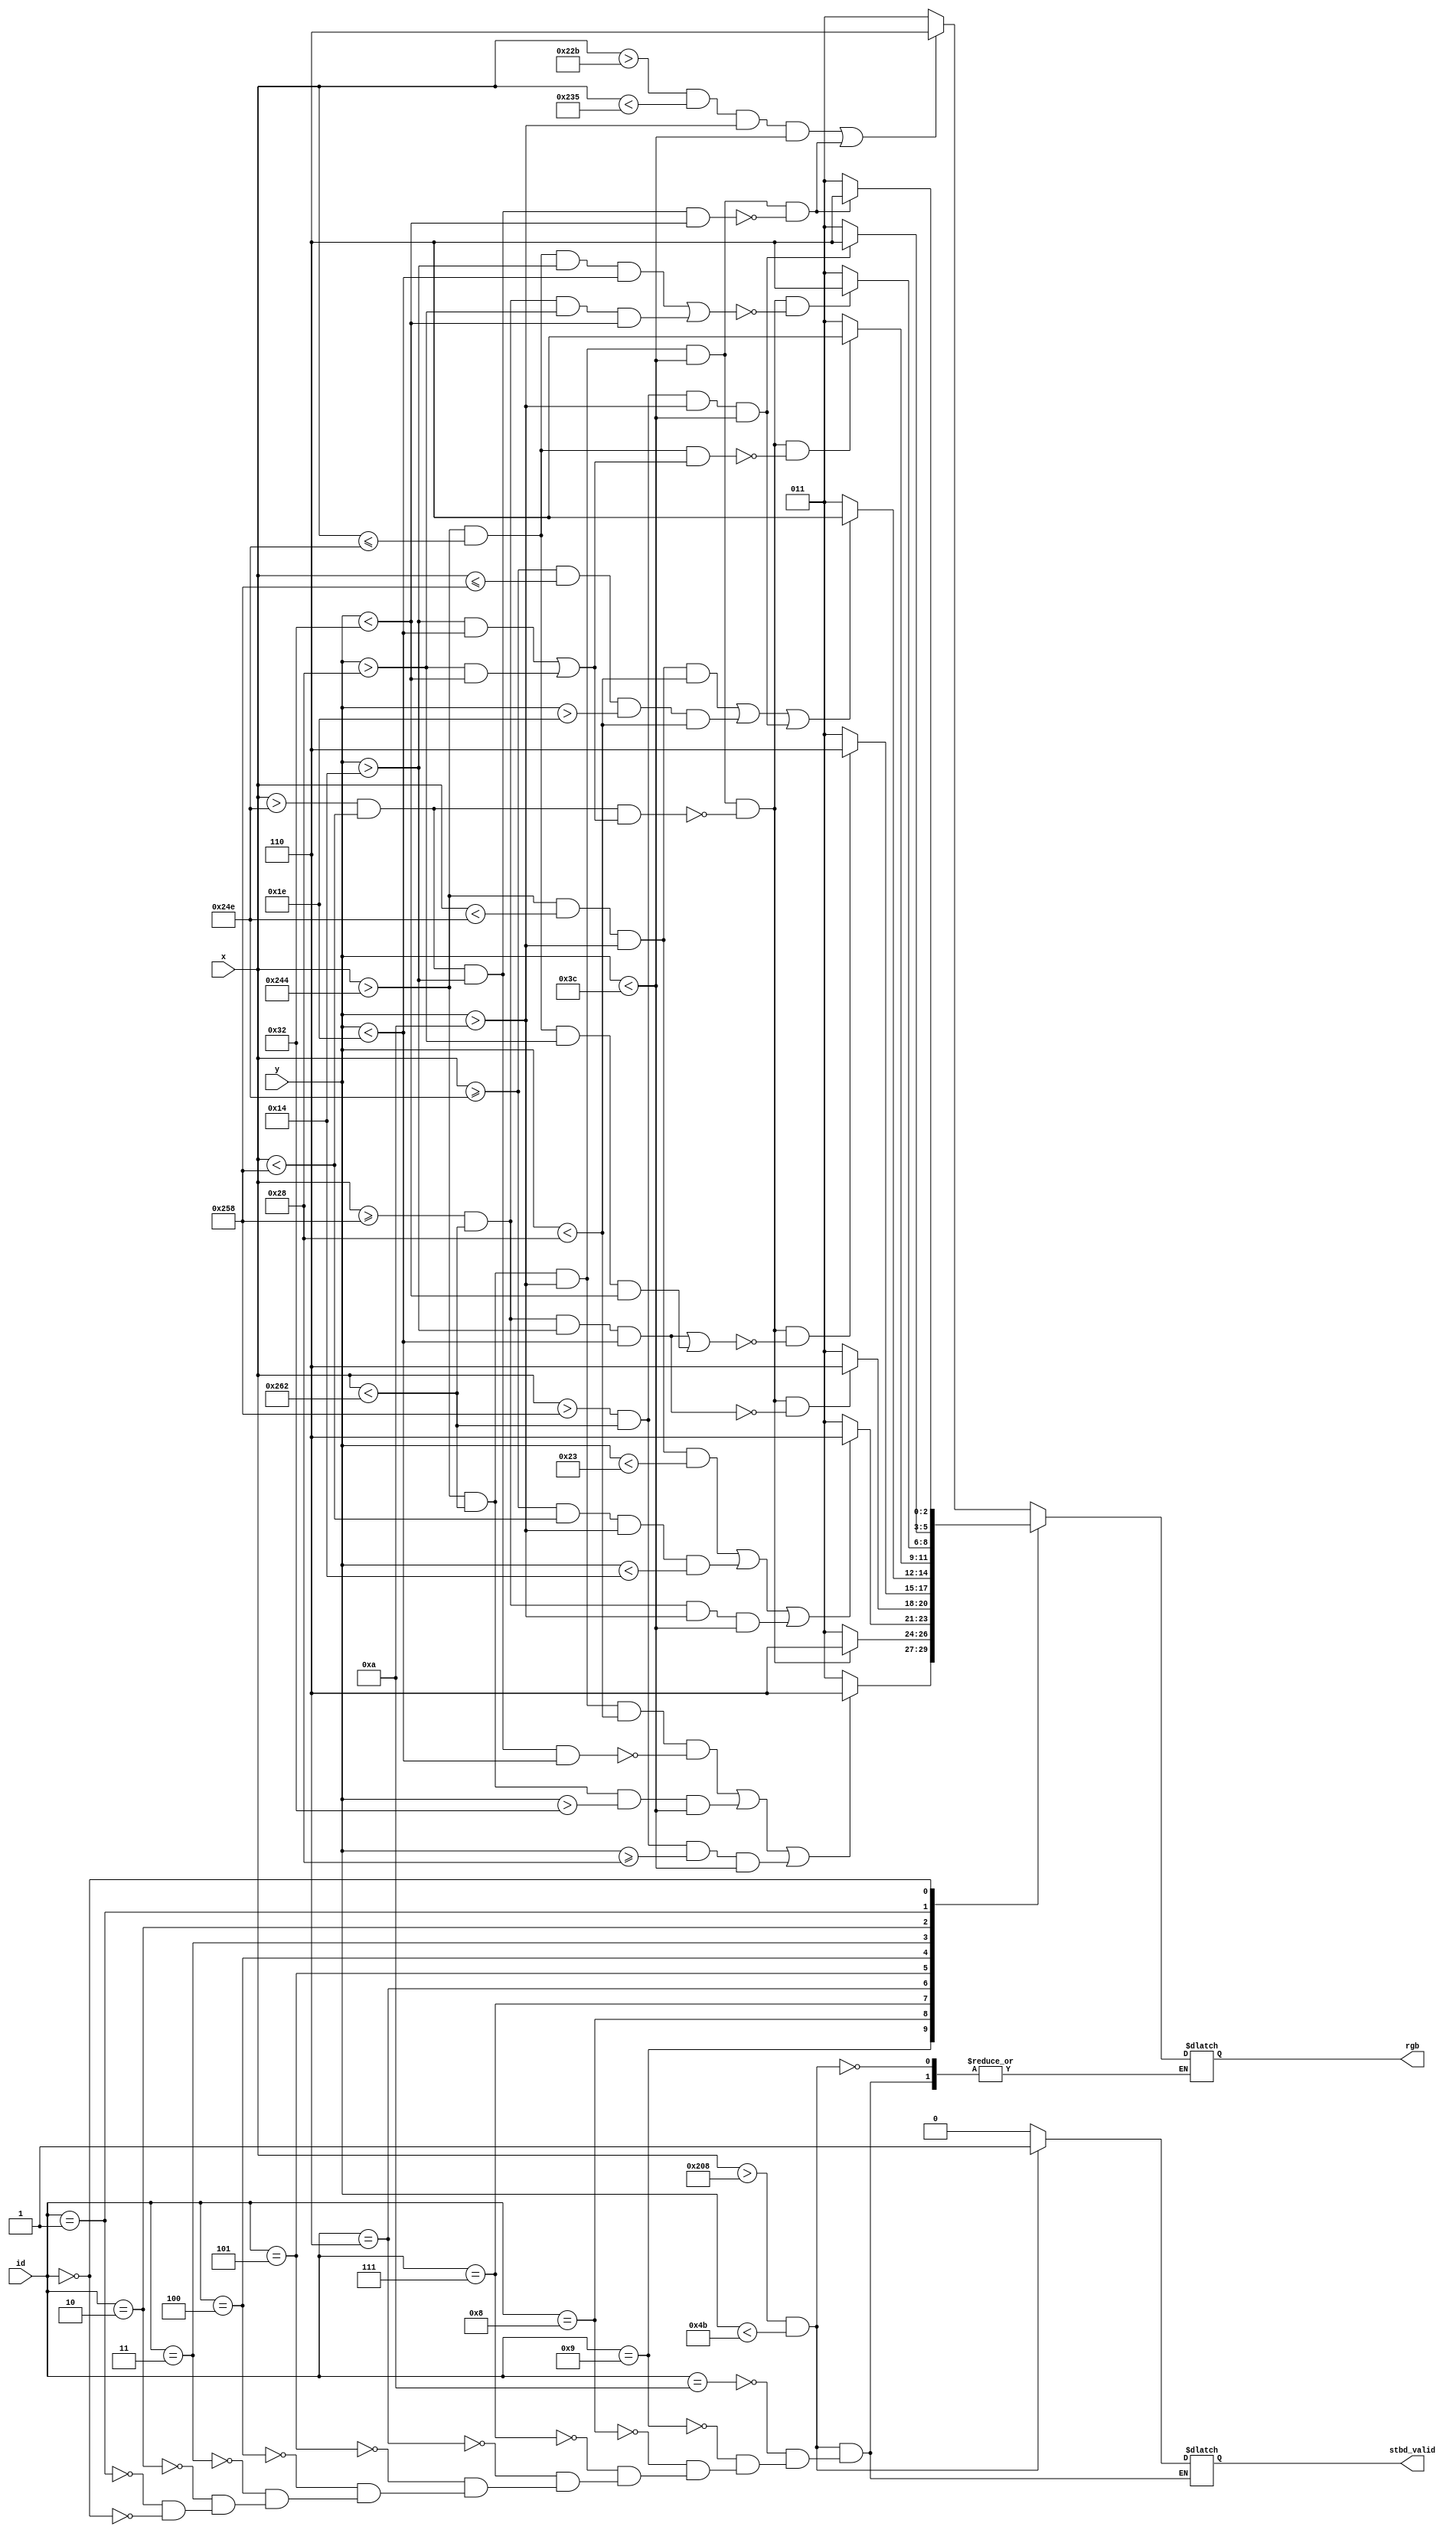
`timescale 1ns / 1ps
//////////////////////////////////////////////////////////////////////////////////
// Company: 
// Engineer: 
// 
// Design Name: 
// Module Name:    status_board 
// Project Name: 
// Target Devices: 
// Tool versions: 
// Description: 
//
// Dependencies: 
//
// Revision: 
// Revision 0.01 - File Created
// Additional Comments: 
//
//////////////////////////////////////////////////////////////////////////////////
module status_board(
	input [9:0]x,
	input [9:0]y,
	input [3:0]id,
	output reg [2:0]rgb,
	output reg stbd_valid
	 );
	always@(*)begin
		if(x > 520 && y < 75)begin
			case(id)
			10:
				if((x > 555 && x < 565 && y > 10 && y < 60 ) || ((x >580 && x < 610 && y> 10 && y <60) && !( x >590 && x < 600 && y > 20 && y<50)))begin
					rgb <= 3'b110;
					stbd_valid <= 1;
				end
				else begin
					rgb <= 3'b011;
					stbd_valid <= 1;
				end
			9:
				if( ((x > 580 && x <610 && y >10  && y <40) && !( x >590 &&  x <600 && y >20  && y < 30)) || (x >580 && x <610 && y >50 && y <60) || (x >600 && x<610 && y >=40 && y<60))begin
					rgb <= 3'b110;
					stbd_valid <= 1;
				end
				else begin
					rgb <= 3'b011;
					stbd_valid <= 1;
				end
			8:
				if( (x > 580 && x <610 && y >10 && y <60) && !(x >590 && x < 600 && ( (y> 20 && y <30) || (y> 40 && y <50))) )begin
					rgb <= 3'b110;
					stbd_valid <= 1;
				end
				else begin
					rgb <= 3'b011;
					stbd_valid <= 1;
				end
			7:
				if(  (x>580 && x <590 && y >10 && y<35) || (x >=590 && x <600 &&y>10 && y <20) || (x >=600 && x <610 && y >10 && y<60))begin
					rgb <= 3'b110;
					stbd_valid <= 1;
				end
				else begin
					rgb <= 3'b011;
					stbd_valid <= 1;
				end
			6:
				if( ((x > 580 && x <610 && y >10 && y <60) && !(x >590 && x < 600 && ( (y> 20 && y <30) || (y> 40 && y <50)))) && !(x >= 600 && x <610 && y>20 && y <30) )begin
					rgb <= 3'b110;
					stbd_valid <= 1;
				end
				else begin
					rgb <= 3'b011;
					stbd_valid <= 1;
				end
			5:
				if( ((x > 580 && x <610 && y >10 && y <60) && !(x >590 && x < 600 && ( (y> 20 && y <30) || (y> 40 && y <50)))) && !((x >= 600 && x <610 && y>20 && y <30) || (x >580 && x <=590 &&y >40 && y <50)) )begin
					rgb <= 3'b110;
					stbd_valid <= 1;
				end
				else begin
					rgb <= 3'b011;
					stbd_valid <= 1;
				end
			4:
				if( (x >580 && x < 590 && y >10 && y < 40) || ( x >= 590 && x <= 600 && y > 30 && y <40) || ( x > 600 && x <610 && y >10 && y <60))begin
					rgb <= 3'b110;
					stbd_valid <= 1;
				end
				else begin
					rgb <= 3'b011;
					stbd_valid <= 1;
				end
			3:
				if( ((x > 580 && x <610 && y >10 && y <60) && !(x >590 && x < 600 && ( (y> 20 && y <30) || (y> 40 && y <50)))) && !( (x>580 && x <= 590) && ( (y >20 && y <30) || (y >40 && y <50)))  )begin
					rgb <= 3'b110;
					stbd_valid <= 1;
				end
				else begin
					rgb <= 3'b011;
					stbd_valid <= 1;
				end
			2:
				if( ((x > 580 && x <610 && y >10 && y <60) && !(x >590 && x < 600 && ( (y> 20 && y <30) || (y> 40 && y <50)))) && !( (x>580 && x <= 590 && y >20 && y <30) || (x>=600 && x <610 && y>40 && y <50)) )begin
					rgb <= 3'b110;
					stbd_valid <= 1;
				end
				else begin
					rgb <= 3'b011;
					stbd_valid <= 1;
				end
			1:
				if( x > 600 && x <610 && y >10 && y < 60)begin
					rgb <= 3'b110;
					stbd_valid <= 1;
				end
				else begin
					rgb <= 3'b011;
					stbd_valid <= 1;
				end
			0:
				if( (x > 580 && x <610 && y >10 && y <60) && !(x>590 && x <600 && y>20 && y <50))begin
					rgb <= 3'b110;
					stbd_valid <= 1;
				end
				else begin
					rgb <= 3'b011;
					stbd_valid <= 1;
				end
			endcase
		end
		else stbd_valid <= 0;
	end
	 


endmodule